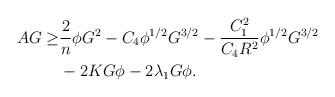
LaTeX: \begin{align*}\begin{aligned}AG\geq&\frac{2}{n}\phi G^{2}-C_{4}\phi^{1/2}G^{3/2}-\frac{C_{1}^{2}}{C_{4}R^{2}}\phi^{1/2}G^{3/2}\\&-2KG\phi-2\lambda_{1}G\phi.\end{aligned}\end{align*}